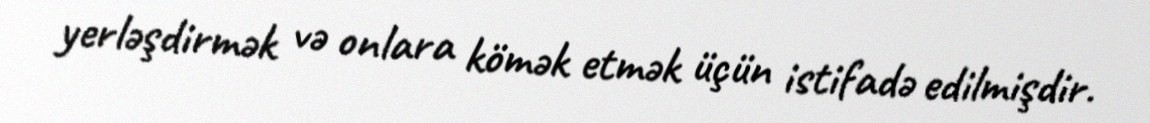
yerləşdirmək və onlara kömək etmək üçün istifadə edilmişdir.